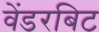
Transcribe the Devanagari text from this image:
वेंडरबिट